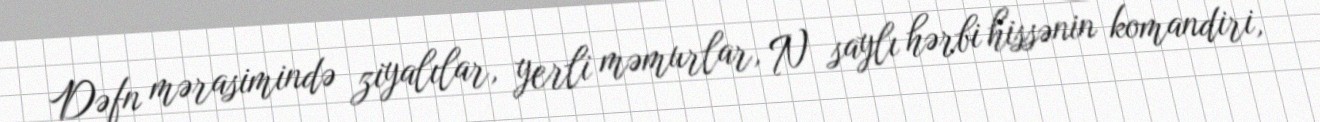
Dəfn mərasimində ziyalılar, yerli məmurlar, N saylı hərbi hissənin komandiri,